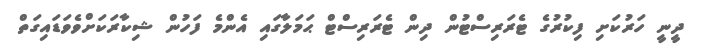
ދީނީ ހަރުކަށި ފިކުރުގެ ޓެރަރިސްޓުން ދިން ޓެރަރިސްޓް ޙަމަލާގައި އެންމެ ފަހުން ޝިކާރަކަށްވެވަޑައިގަތް